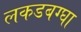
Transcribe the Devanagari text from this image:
लकडबग्घा